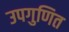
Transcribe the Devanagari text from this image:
उपगुणित